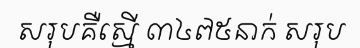
សរុបគឺស្មើ ៣៤៧៥នាក់ សរុប